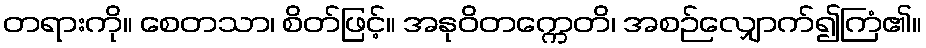
တရားကို။ စေတသာ၊ စိတ်ဖြင့်။ အနုဝိတက္ကေတိ၊ အစဉ်လျှောက်၍ကြံ၏။